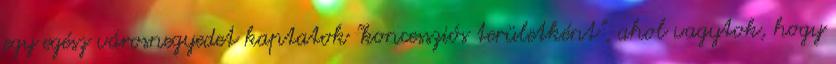
egy egész városnegyedet kaptatok "koncessziós területként", ahol vagytok, hogy